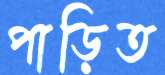
পাড়িত